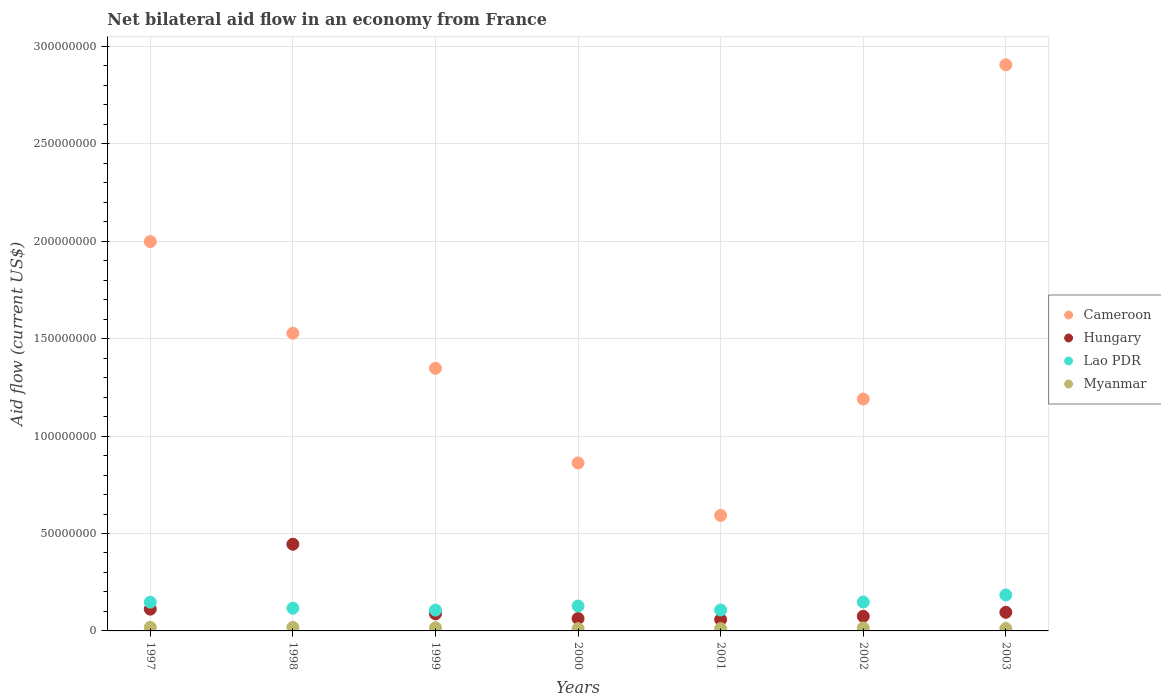
| Years | Cameroon | Hungary | Lao PDR | Myanmar |
 | --- | --- | --- | --- | --- |
 | 1997 | 2e+08 | 1.12e+07 | 1.48e+07 | 1.85e+06 |
 | 1998 | 1.53e+08 | 4.45e+07 | 1.17e+07 | 1.81e+06 |
 | 1999 | 1.35e+08 | 8.77e+06 | 1.07e+07 | 1.61e+06 |
 | 2000 | 8.62e+07 | 6.36e+06 | 1.28e+07 | 1.16e+06 |
 | 2001 | 5.93e+07 | 5.84e+06 | 1.07e+07 | 1.19e+06 |
 | 2002 | 1.19e+08 | 7.49e+06 | 1.48e+07 | 1.52e+06 |
 | 2003 | 2.91e+08 | 9.55e+06 | 1.85e+07 | 1.21e+06 |